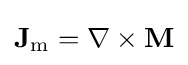
\mathbf {J} _{\mathrm {m} }=\nabla \times \mathbf {M}